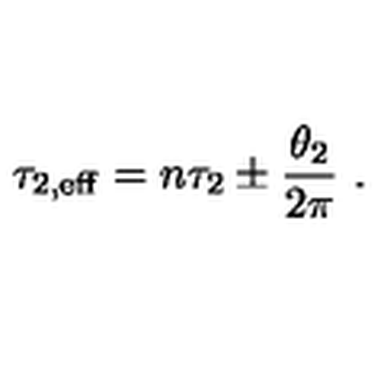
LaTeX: \tau _ { 2 , \mathrm { e f f } } = n \tau _ { 2 } \pm \frac { \theta _ { 2 } } { 2 \pi } \ .